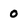
Character: 0